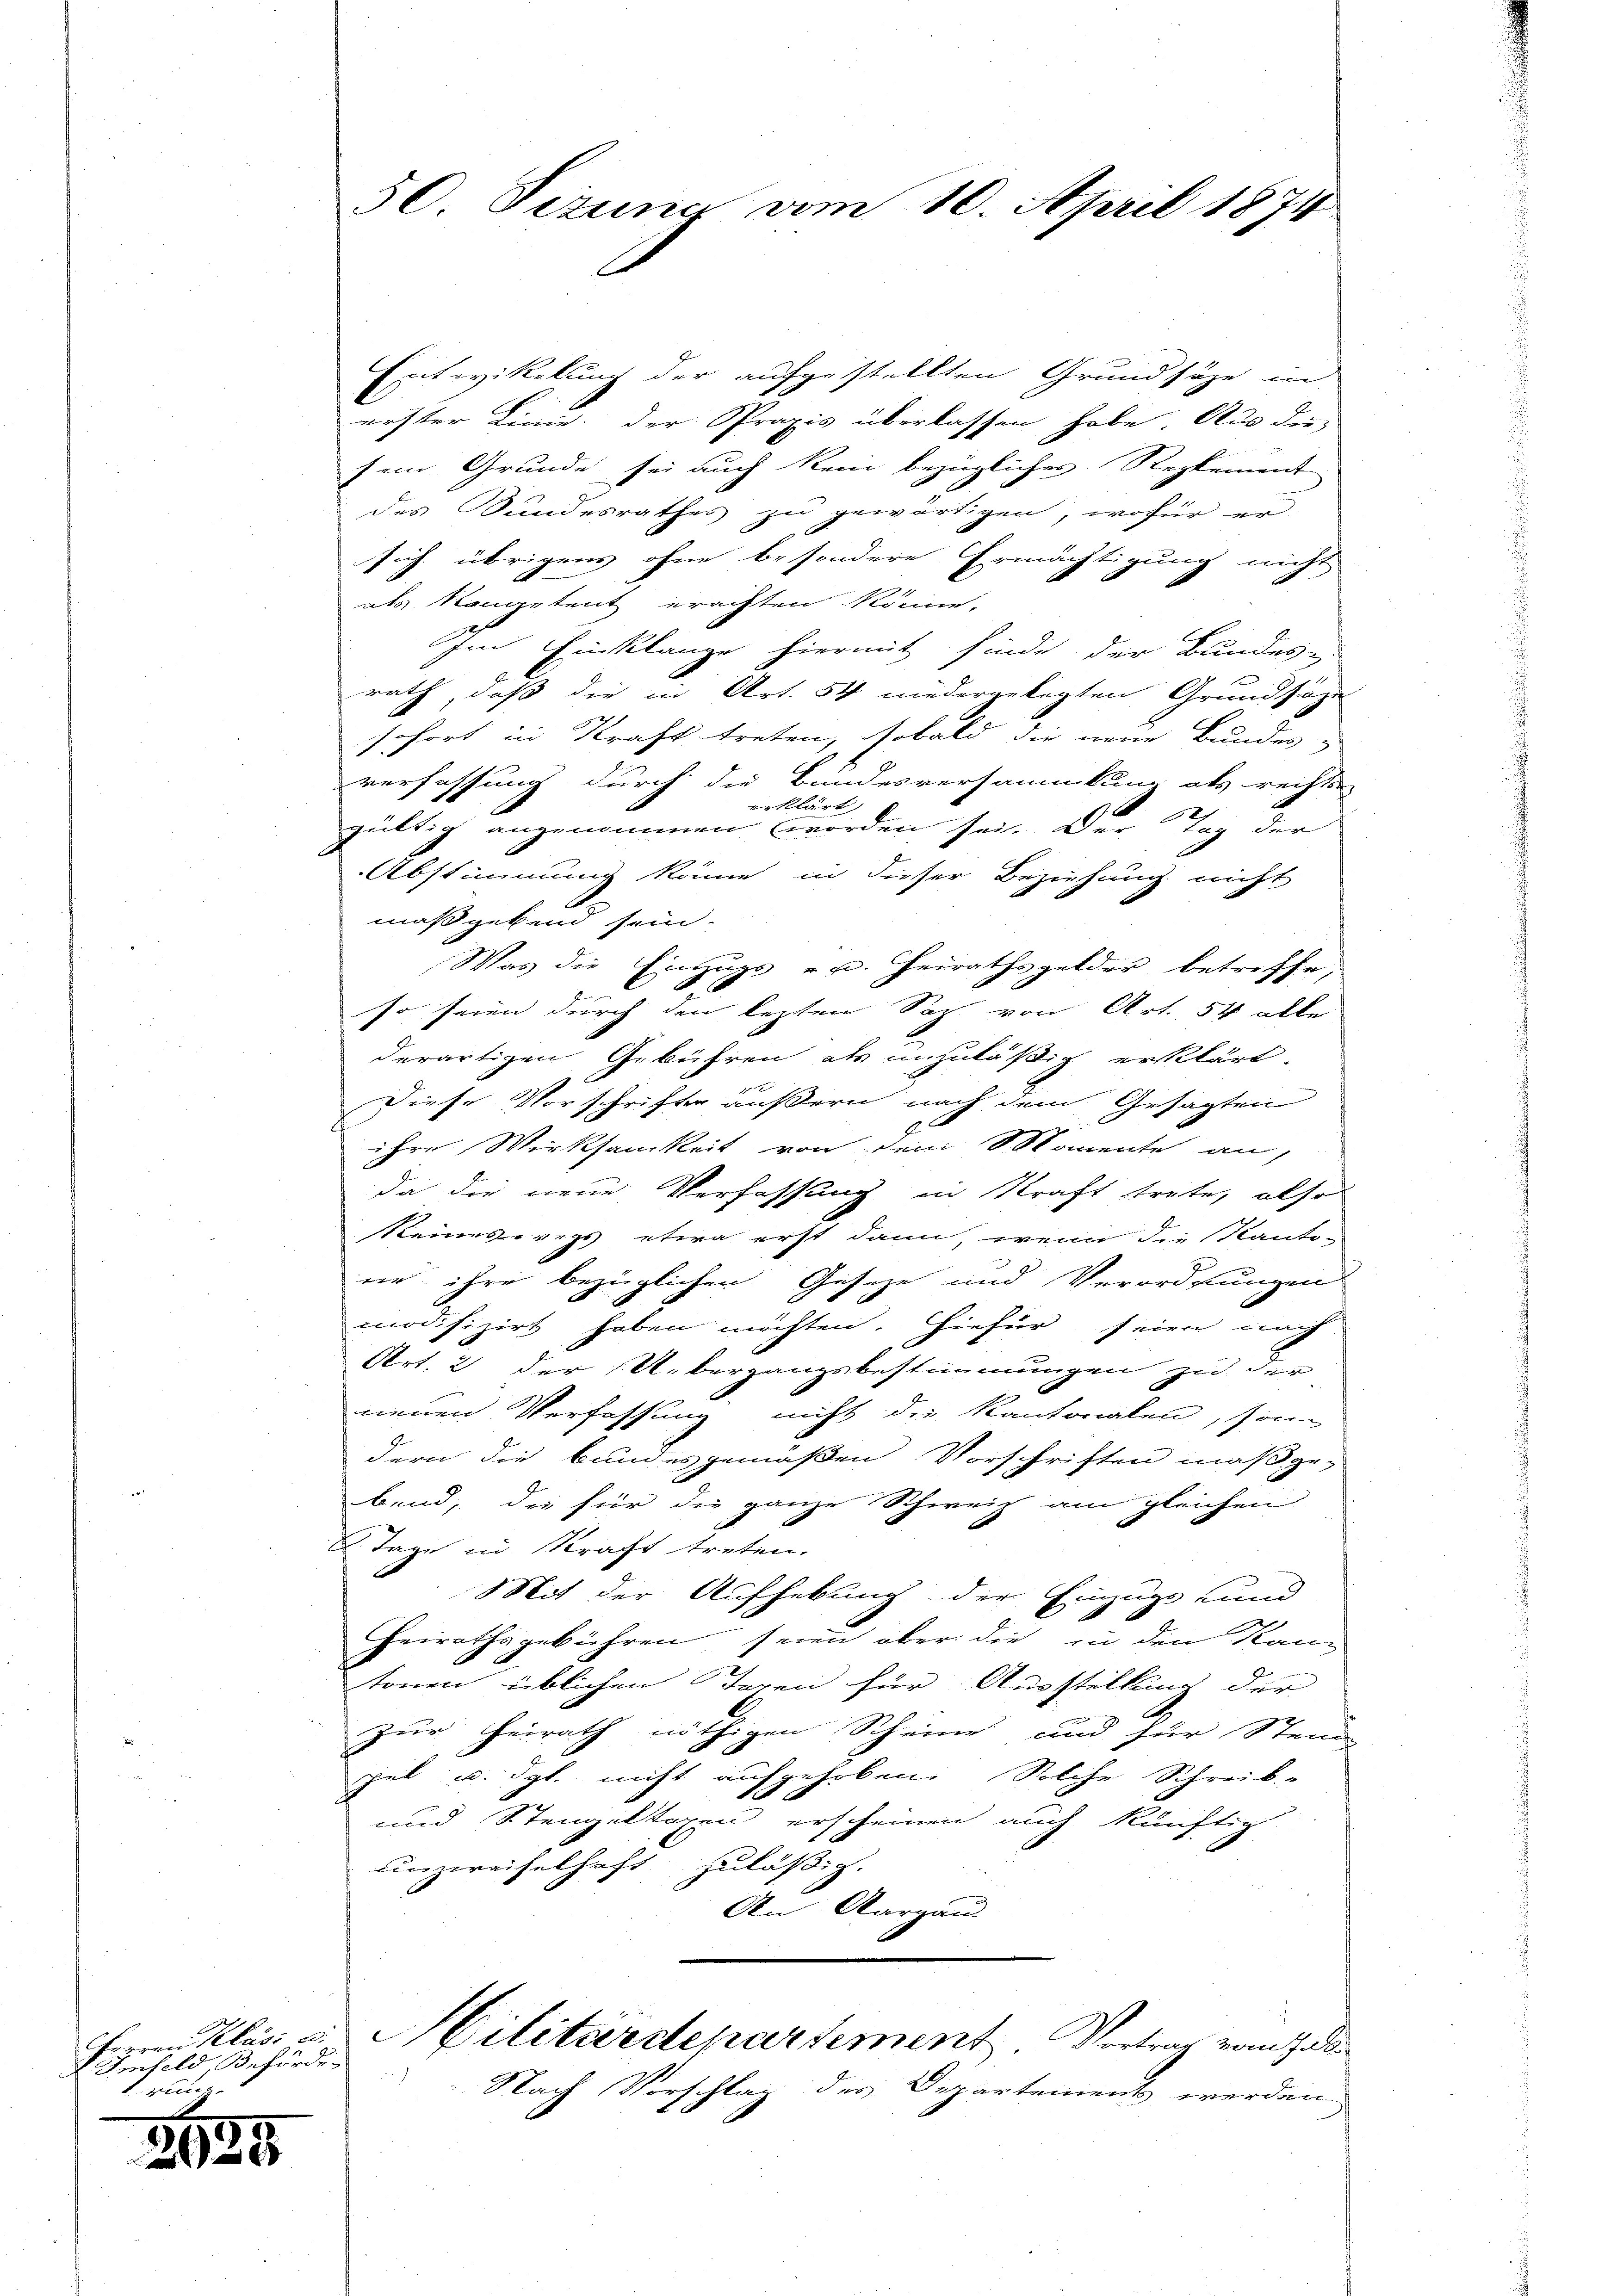
Imfeld, Beförde
. reche

2639

50. Pezuna vom 10. April 1874

Entwikelung der aufgestellten Grundsätze in
erster Linie der Praxis überlassen habe. Aus die
sein. Grunde sei auch kein bezüglicher Reglement
des Sandesrathes zu gewärtigen, wofür er
sich übrigens ohne besondere Ermächtigung nicht
als Stampetent erachten Reine,
Im Einklange hiermit finde der Bundes-
rath, daß die in Art. 54 niedergelegten Grundsaze
sofort in Kraft treten, sobald die neue Bundes-
verfassung durch die Bundesversammlung als rechts-
erklärt,
gültig angenommen worden sei. Der Tag der
Abstimmung könne in dieser Beziehung nicht
maßgebend sein.
Was die Einzugs - u. Heirathsgelder betreffe,
so seien durch den lezten Sag von Art. 54 alle
derartigen Gebühren als unzuläßig erklärt.
Diese Vorschriften äußern nach dem Gesagten
ihre Wirksamkeit von dem Skomente an
da die neue Verfassung in Kraft trete, also
Keineswegs etwa erst dann, wenn die Kanto-
ne ihre bezüglichen Geseze und Verordnungen
modifizirt haben möchten. Hiefür seien nach
Art. 2 der Uebergangsbestimmungen zu der
neuen Verfassung nicht die Kantonalen, sonn
dern die bundesgemäßen Vorschriften maßgebend, die für die ganze Schweiz am gleichen
. Tage in Kraft treten.
. Mit der Aufhebung der Einzüge und
Heirathsgebühren seien aber die in den Kan-
tonen üblichen Tagen für Ausstellung der
zur Heirath nöthigen Scheine und für Stand
zel u. dgl. nicht aufgehoben Solche Schreib-
und Stengeltaxen erscheinen auch künftig
unzweifelhaft zuläßig.
An Aargau
Herrn Klar u. Hilitärdepartement Vortrag vom Inde
Nach Vorschlag des Departement werden